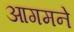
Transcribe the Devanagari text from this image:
आगमने